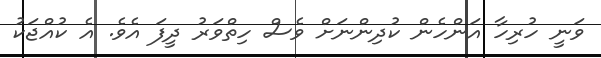
ވަނީ ހުރިހާ އަންހެން ކުދިންނަށް ވެސް ހިތްވަރު ދީފަ އެވެ. އެ ކުއްޖަކު